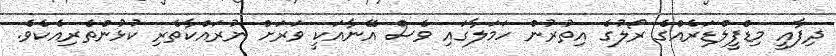
ދިފާއީ މިޑްފީލްޑަރެއްގެ ރޯލުގެ އިތުރުން ހަމަލާގައި ވެސް އޭނާއަކީ ވަރަށް ނުރައްކާތެރި ކުޅުންތެރިއެކެވެ.